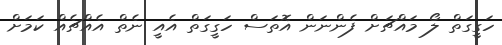
ހަގީގަތް ލޯ މައްޗަށް ފެންނަން އޮތަސް ހަގީގަތް އެއީ ނެތް އެއްޗެއް ކަމަށް